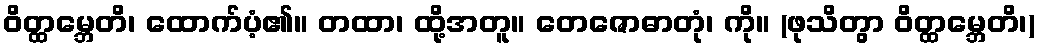
ဝိတ္ထမ္ဘေတိ၊ ထောက်ပံ့၏။ တထာ၊ ထို့အတူ။ တေဇောဓာတုံ၊ ကို။ (ဖုသိတွာ ဝိတ္ထမ္ဘေတိ၊)